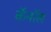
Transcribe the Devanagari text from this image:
कॅनाॅल